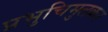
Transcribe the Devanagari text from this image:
प्रभुचिमुलकर